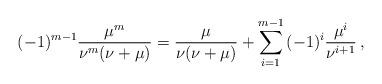
LaTeX: \begin{align*}( - 1)^{m - 1} \frac{{\mu ^m }}{{\nu ^m (\nu + \mu )}} = \frac{\mu }{{\nu (\nu + \mu )}} + \sum_{i = 1}^{m - 1} {( - 1)^i \frac{{\mu ^i }}{{\nu ^{i + 1} }}}\,,\end{align*}